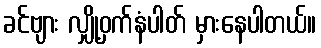
ခင်ဗျား လျှို့ဝှက်နံပါတ် မှားနေပါတယ်။